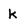
Character: k